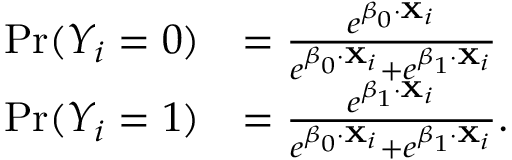
{ \begin{array} { r l } { \operatorname* { P r } ( Y _ { i } = 0 ) } & { = { \frac { e ^ { { \boldsymbol { \beta } } _ { 0 } \cdot \mathbf { X } _ { i } } } { e ^ { { \boldsymbol { \beta } } _ { 0 } \cdot \mathbf { X } _ { i } } + e ^ { { \boldsymbol { \beta } } _ { 1 } \cdot \mathbf { X } _ { i } } } } } \\ { \operatorname* { P r } ( Y _ { i } = 1 ) } & { = { \frac { e ^ { { \boldsymbol { \beta } } _ { 1 } \cdot \mathbf { X } _ { i } } } { e ^ { { \boldsymbol { \beta } } _ { 0 } \cdot \mathbf { X } _ { i } } + e ^ { { \boldsymbol { \beta } } _ { 1 } \cdot \mathbf { X } _ { i } } } } . } \end{array} }